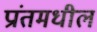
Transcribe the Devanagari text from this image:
प्रांतमधील